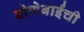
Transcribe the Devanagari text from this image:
बोणेबाईंची